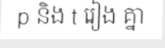
p និង t រៀង គ្នា